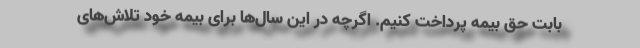
بابت حق بیمه پرداخت کنیم. اگرچه در این سال‌ها برای بیمه خود تلاش‌های